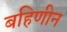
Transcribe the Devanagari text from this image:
बहिणीन